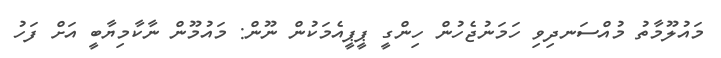
މައުލޫމާތު މުއްސަނދިވި ހަމަނުޖެހުން ހިންގީ ޕީޕީއެމަކުން ނޫން: މައުމޫން ނާކާމިޔާބީ އަށް ފަހު